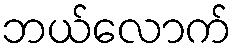
ဘယ်လောက်